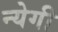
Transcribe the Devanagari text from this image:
न्येगी